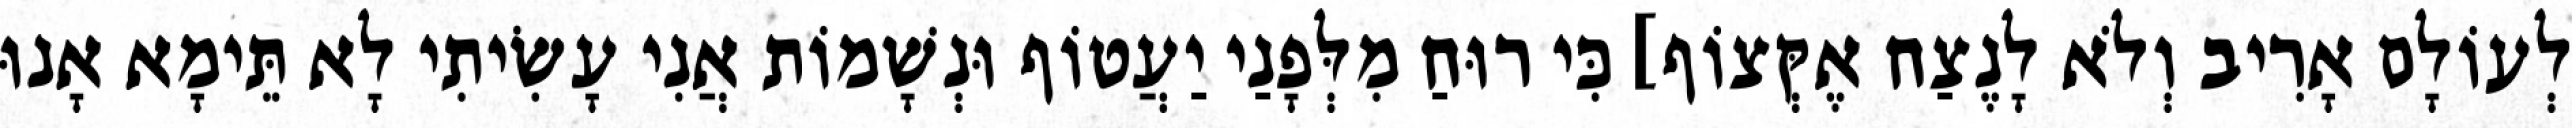
לְעוֹלָם אָרִיב וְלֹא לָנֶצַח אֶקְּצוֹף] כִּי רוּחַ מִלְּפָנַי יַעֲטוֹף וּנְשָׁמוֹת אֲנִי עָשִׂיתִי לָא תֵּימָא אָנוּ